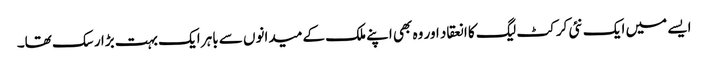
ایسے میں ایک نئی کرکٹ لیگ کا انعقاد اور وہ بھی اپنے ملک کے میدانوں سے باہر ایک بہت بڑا رسک تھا۔